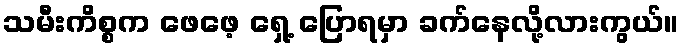
သမီးကိစ္စက ဖေဖေ့ ရှေ့ ပြောရမှာ ခက်နေလို့လားကွယ်။